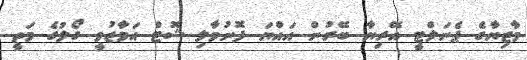
މާޒިޔާގެ ޕެނަލްޓީ އޭރިޔާ ބޭރުން އައްޔަ ފޮނުވާލި ޝޮޓް އަމާޒުވީ ގޯލުގެ މަތީ